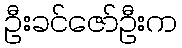
ဦးခင်ဇော်ဦးက